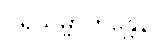
ပရိသမ္ဗာဟန္တေန